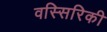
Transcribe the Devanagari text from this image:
वस्सिरिकी